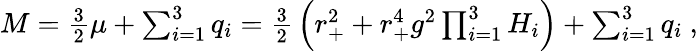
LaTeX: M=\textstyle{\frac{3}{2}}\mu+\sum_{i=1}^{3}q_{i}=\textstyle{\frac{3}{2}}\left(r_{+}^{2}+r_{+}^{4}g^{2}\prod_{i=1}^{3}H_{i}\right)+\sum_{i=1}^{3}q_{i}\ ,